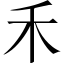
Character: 禾